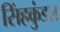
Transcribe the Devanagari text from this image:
सिंहकुंडल